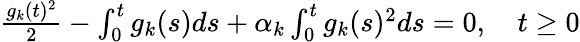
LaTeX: \begin{array}{r}{\frac{g_{k}(t)^{2}}{2}-\int_{0}^{t}g_{k}(s)ds+\alpha_{k}\int_{0}^{t}g_{k}(s)^{2}ds=0,\quad t\geq 0}\end{array}